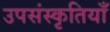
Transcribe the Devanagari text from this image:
उपसंस्कृतियाँ